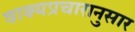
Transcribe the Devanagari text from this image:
वाक्यप्रचारानुसार